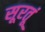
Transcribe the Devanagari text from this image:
सूरतूं